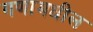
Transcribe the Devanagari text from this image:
गणामधील